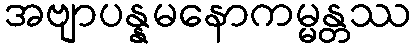
အဗျာပန္နမနောကမ္မန္တဿ